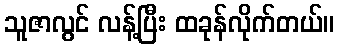
သူဇာလွင် လန့်ပြီး ထခုန်လိုက်တယ်။